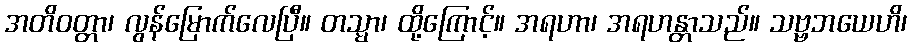
အတိဝတ္တာ၊ လွန်မြောက်လေပြီ။ တသ္မာ၊ ထို့ကြောင့်။ အရဟာ၊ အရဟန္တာသည်။ သဗ္ဗဘယေဟိ၊